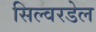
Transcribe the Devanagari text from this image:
सिल्वरडेल